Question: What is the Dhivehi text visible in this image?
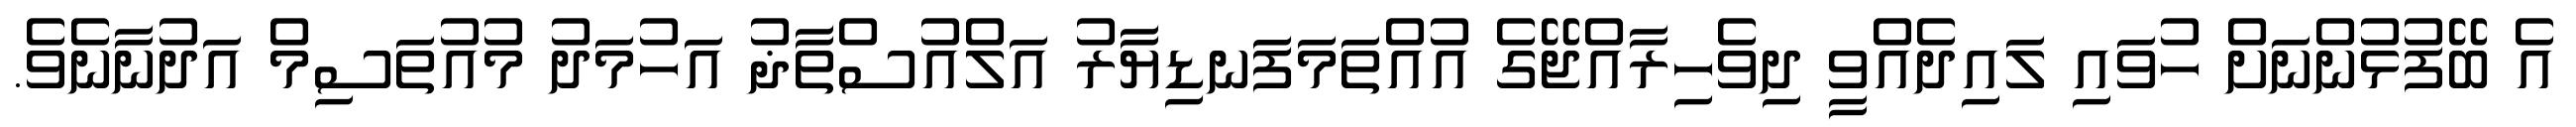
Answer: އެ ބޭފުޅުންނަށް ހުވައި ލައިދެއްވީ ދިވެހިރާއްޖޭގެ އުއްތަމަފަނޑިޔާރު އަލްއުސްތާޛު އަހުމަދު މުއުތަސިމް އަދުނާނެވެ.